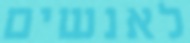
לאנשים